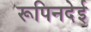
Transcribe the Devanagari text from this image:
रूपिनदेई